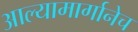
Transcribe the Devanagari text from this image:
आल्यामार्गानेच